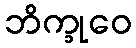
ဘိက္ခုဝေ